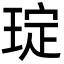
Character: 琔